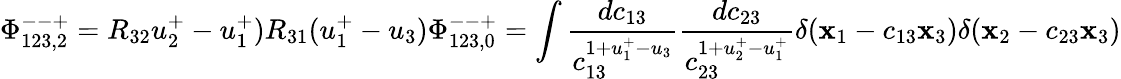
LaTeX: \Phi_{123,2}^{--+}=R_{32}u_{2}^{+}-u_{1}^{+})R_{31}(u_{1}^{+}-u_{3})\Phi_{123,0}^{--+}=\int\frac{dc_{13}}{c_{13}^{1+u_{1}^{+}-u_{3}}}\frac{dc_{23}}{c_{23}^{1+u_{2}^{+}-u_{1}^{+}}}\delta(\mathbf{x}_{1}-c_{13}\mathbf{x}_{3})\delta(\mathbf{x}_{2}-c_{23}\mathbf{x}_{3})